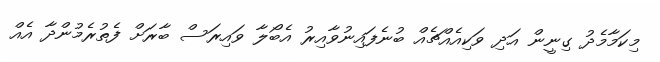
މިކަމާމެދު ގިނީން އަދި ވަކިއެއްޗެއް ބުނެފައިނުވާއިރު އެބޯލާ ވައިރަސް ބާރަށް ފެތުރެމުންދާ އެއް